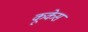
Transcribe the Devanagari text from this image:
कूकेस